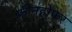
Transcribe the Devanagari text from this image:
फ्रोनहोफर